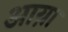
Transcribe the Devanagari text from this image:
आय़ा